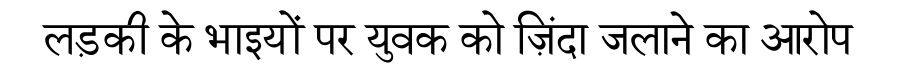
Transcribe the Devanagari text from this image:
लड़की के भाइयों पर युवक को ज़िंदा जलाने का आरोप